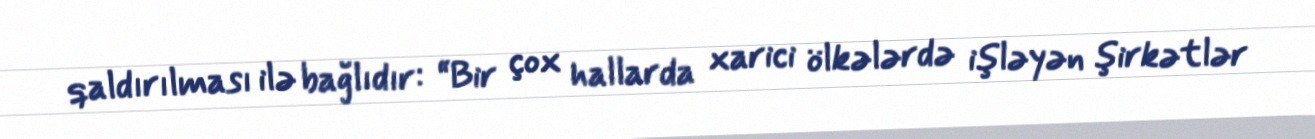
qaldırılması ilə bağlıdır: “Bir çox hallarda xarici ölkələrdə işləyən şirkətlər